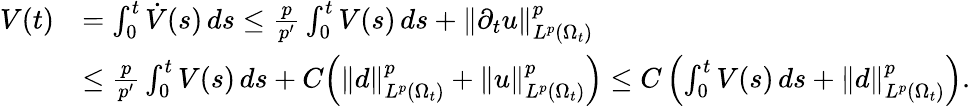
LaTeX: \begin{array}{rl}{V(t)}&{=\int_{0}^{t}\dot{V}(s)\, ds\le\frac{p}{p^{\prime}}\int_{0}^{t}V(s)\, ds+\| \partial_{t}u\| _{L^{p}(\Omega_{t})}^{p}}\\ &{\le\frac{p}{p^{\prime}}\int_{0}^{t}V(s)\, ds+C\Bigl(\| d\| _{L^{p}(\Omega_{t})}^{p}+\| u\| _{L^{p}(\Omega_{t})}^{p}\Bigr)\le C\left(\int_{0}^{t}V(s)\, ds+\| d\| _{L^{p}(\Omega_{t})}^{p}\right).}\end{array}